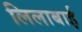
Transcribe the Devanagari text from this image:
लिलाबाई